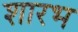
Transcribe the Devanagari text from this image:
शारभ